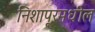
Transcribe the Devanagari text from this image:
निशापूरमधील